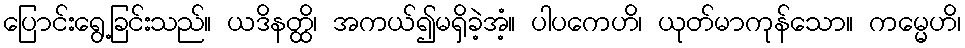
ပြောင်းရွေ့ခြင်းသည်။ ယဒိနတ္ထိ၊ အကယ်၍မရှိခဲ့အံ့။ ပါပကေဟိ၊ ယုတ်မာကုန်သော။ ကမ္မေဟိ၊